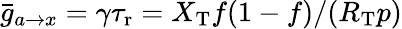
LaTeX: \bar{g}_{a\to x}=\gamma{\tau_{\mathrm{r}}}=X_{\mathrm{T}}f(1-f)/(R_{\mathrm{T}}p)